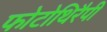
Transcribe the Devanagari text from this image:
फोटोथिरैपी